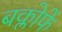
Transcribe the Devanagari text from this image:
बक्लोफें